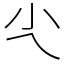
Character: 尐